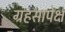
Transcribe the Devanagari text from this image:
ग्रहसापेक्ष